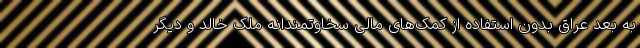
به بعد عراق بدون استفاده از کمک‌های مالی سخاوتمندانه ملک خالد و دیگر